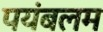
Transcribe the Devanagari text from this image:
पयंबलम